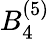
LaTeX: B_{4}^{(5)}